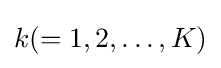
k(=1,2,\ldots ,K)